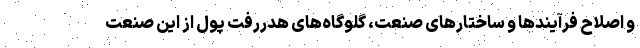
و اصلاح فرآیندها و ساختارهای صنعت، گلوگاه‌های هدررفت پول از این صنعت